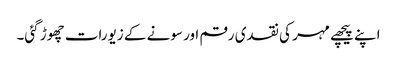
اپنے پیچھے مہر کی نقدی رقم اور سونے کے زیورات چھوڑ گئی۔